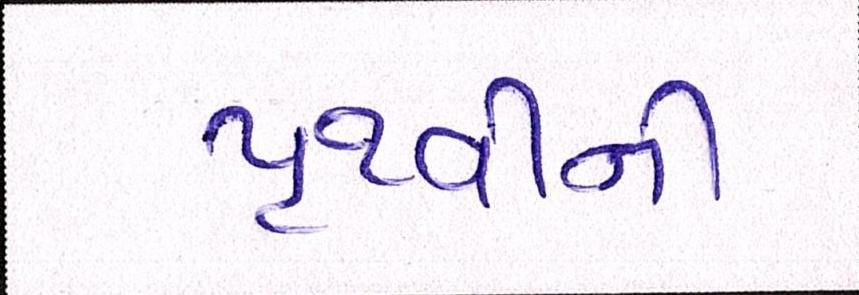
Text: પૃથ્વીની